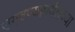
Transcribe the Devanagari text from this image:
उगवण्यापर्यंतच्या